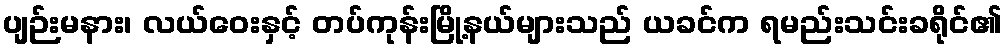
ပျဉ်းမနား၊ လယ်ဝေးနှင့် တပ်ကုန်းမြို့နယ်များသည် ယခင်က ရမည်းသင်းခရိုင်၏